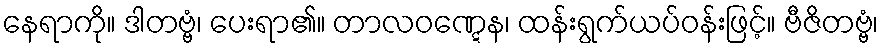
နေရာကို။ ဒါတဗ္ဗံ၊ ပေးရာ၏။ တာလဝဏ္ဋေန၊ ထန်းရွက်ယပ်ဝန်းဖြင့်။ ဗီဇိတဗ္ဗံ၊